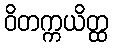
ဝိတက္ကယိတ္ထ